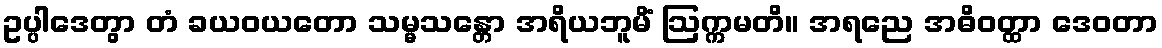
ဥပ္ပါဒေတွာ တံ ခယဝယတော သမ္မသန္တော အရိယဘူမိံ ဩက္ကမတိ။ အရညေ အဓိဝတ္ထာ ဒေဝတာ